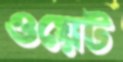
ওয়েট